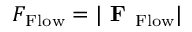
F _ { \mathrm { F l o w } } = | \textbf { F } _ { \mathrm { F l o w } } |